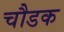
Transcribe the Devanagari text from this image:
चौडक